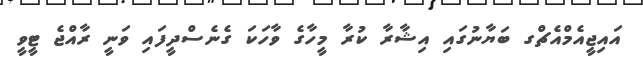
އައިޖީއެމްއެޗްގ ބަޔާނުގައި އިޝާރާ ކުރާ މީހާގެ ވާހަކަ ގެނެސްދީފައި ވަނީ ރާއްޖެ ޓީވީ